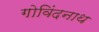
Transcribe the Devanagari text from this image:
गोविंदनाथ